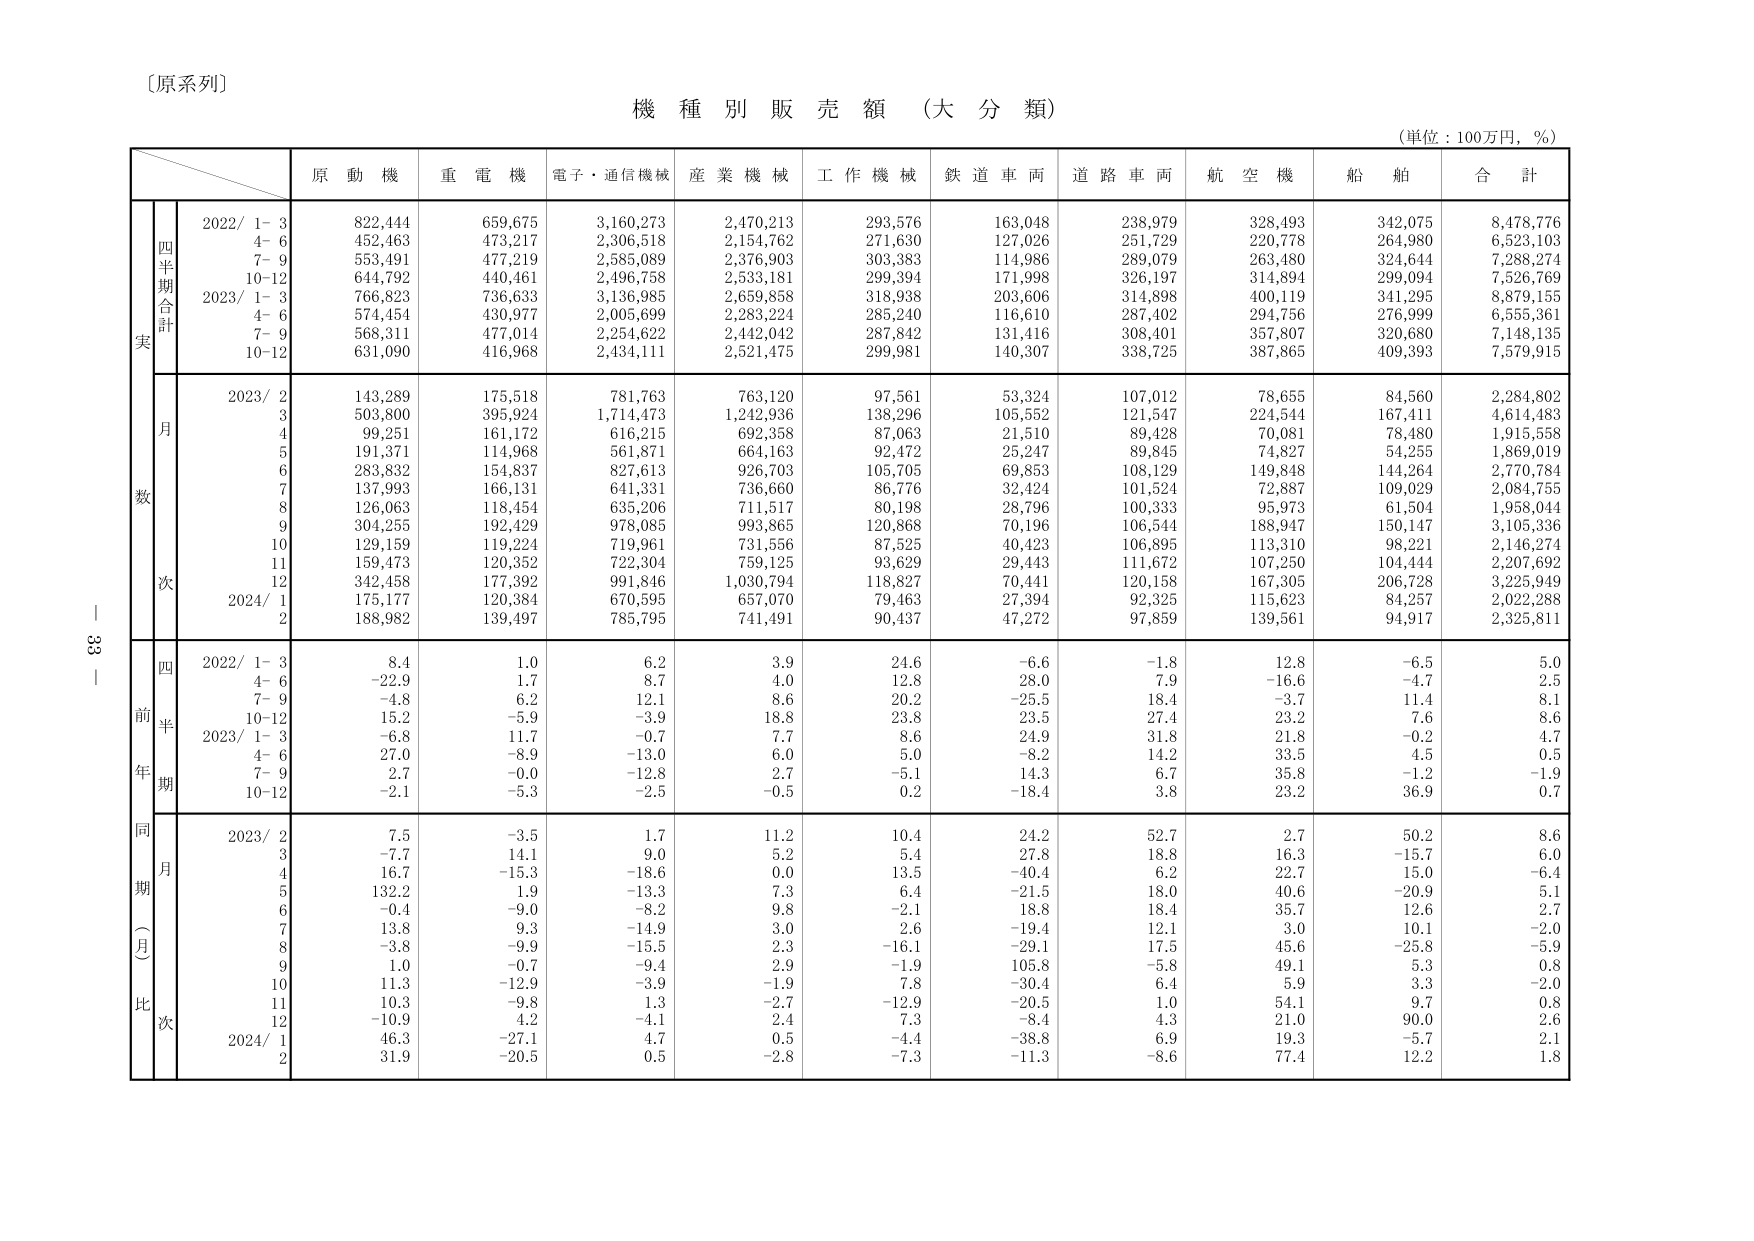
〔原系列〕

機 種 別 販 売 額 （大 分 類）

（単位：100万円，％）

原 動 機　重 電 機　電子・通信機械　産 業 機 械　工 作 機 械　鉄 道 車 両　道 路 車 両　航 空 機　船 舶　合 計

四半期合計
実
2022/ 1-3　822,444　659,675　3,160,273　2,470,213　293,576　163,048　238,979　328,493　342,075　8,478,776
　4-6　452,463　473,217　2,306,518　2,154,762　271,630　127,026　251,729　220,778　264,980　6,523,103
　7-9　553,491　477,219　2,585,089　2,376,903　303,383　114,986　289,079　263,480　324,644　7,288,274
　10-12　644,792　440,461　2,496,758　2,533,181　299,394　171,998　326,197　314,894　299,094　7,526,769
2023/ 1-3　766,823　736,633　3,136,985　2,659,858　318,938　203,606　314,898　400,119　341,295　8,879,155
　4-6　574,454　430,977　2,005,699　2,283,224　285,240　116,610　287,402　294,756　276,999　6,555,361
　7-9　568,311　477,014　2,254,622　2,442,042　287,842　131,416　308,401　357,807　320,680　7,148,135
　10-12　631,090　416,968　2,434,111　2,521,475　299,981　140,307　338,725　387,865　409,393　7,579,915

数
月
2023/ 2　143,289　175,518　781,763　763,120　97,561　53,324　107,012　78,655　84,560　2,284,802
　3　503,800　395,924　1,714,473　1,242,936　138,296　105,552　121,547　224,544　167,411　4,614,483
　4　99,251　161,172　616,215　692,358　87,063　21,510　89,428　70,081　78,480　1,915,558
　5　191,371　114,968　561,871　664,163　92,472　25,247　89,845　74,827　54,255　1,869,019
　6　283,832　154,837　827,613　926,703　105,705　69,853　108,129　149,848　144,264　2,770,784
　7　137,993　166,131　641,331　736,660　86,776　32,424　101,524　72,887　109,029　2,084,755
　8　126,063　118,454　635,206　711,517　80,198　28,796　100,333　95,973　61,504　1,958,044
　9　304,255　192,429　978,085　993,865　120,868　70,196　106,544　188,947　150,147　3,105,336
　10　129,159　119,224　719,961　731,556　87,525　40,423　106,895　113,310　98,221　2,146,274
　11　159,473　120,352　722,304　759,125　93,629　29,443　111,672　107,250　104,444　2,207,692
　12　342,458　177,392　991,846　1,030,794　118,827　70,441　120,158　167,305　206,728　3,225,949
2024/ 1　175,177　120,384　670,595　657,070　79,463　27,394　92,325　115,623　84,257　2,022,288
　2　188,982　139,497　785,795　741,491　90,437　47,272　97,859　139,561　94,917　2,325,811

前年同期（月）比
四半期
2022/ 1-3　8.4　1.0　6.2　3.9　24.6　-6.6　-1.8　12.8　-6.5　5.0
　4-6　-22.9　1.7　8.7　4.0　12.8　28.0　7.9　-16.6　-4.7　2.5
　7-9　-4.8　6.2　12.1　8.6　20.2　-25.5　18.4　-3.7　11.4　8.1
　10-12　15.2　-5.9　-3.9　18.8　23.8　23.5　27.4　23.2　7.6　8.6
2023/ 1-3　-6.8　11.7　-0.7　7.7　8.6　24.9　31.8　21.8　-0.2　4.7
　4-6　27.0　-8.9　-13.0　6.0　5.0　-8.2　14.2　33.5　4.5　0.5
　7-9　2.7　-0.0　-12.8　2.7　-5.1　14.3　6.7　35.8　-1.2　-1.9
　10-12　-2.1　-5.3　-2.5　-0.5　0.2　-18.4　3.8　23.2　36.9　0.7

月
2023/ 2　7.5　-3.5　1.7　11.2　10.4　24.2　52.7　2.7　50.2　8.6
　3　-7.7　14.1　9.0　5.2　5.4　27.8　18.8　16.3　-15.7　6.0
　4　16.7　-15.3　-18.6　0.0　13.5　-40.4　6.2　22.7　15.0　-6.4
　5　132.2　1.9　-13.3　7.3　6.4　-21.5　18.0　40.6　-20.9　5.1
　6　-0.4　-9.0　-8.2　9.8　-2.1　18.8　18.4　35.7　12.6　2.7
　7　13.8　9.3　-14.9　3.0　2.6　-19.4　12.1　3.0　10.1　-2.0
　8　-3.8　-9.9　-15.5　2.3　-16.1　-29.1　17.5　45.6　-25.8　-5.9
　9　1.0　-0.7　-9.4　2.9　-1.9　105.8　-5.8　49.1　5.3　0.8
　10　11.3　-12.9　-3.9　-1.9　7.8　-30.4　6.4　5.9　3.3　-2.0
　11　10.3　-9.8　1.3　-2.7　-12.9　-20.5　1.0　54.1　9.7　0.8
　12　-10.9　4.2　-4.1　2.4　7.3　-8.4　4.3　21.0　90.0　2.6
2024/ 1　46.3　-27.1　4.7　0.5　-4.4　-38.8　6.9　19.3　-5.7　2.1
　2　31.9　-20.5　0.5　-2.8　-7.3　-11.3　-8.6　77.4　12.2　1.8

331